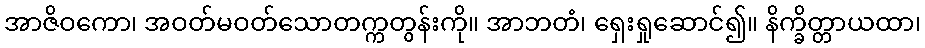
အာဇိဝကော၊ အဝတ်မဝတ်သောတက္ကတွန်းကို။ အာဘတံ၊ ရှေးရှုဆောင်၍။ နိက္ခိတ္တာယထာ၊